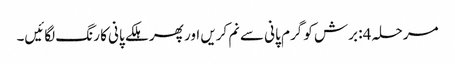
مرحلہ 4: برش کو گرم پانی سے نم کریں اور پھر ہلکے پانی کا رنگ لگائیں۔